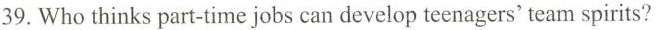
39.Whothinks part-time jobs can develop teenagers'team spirits?